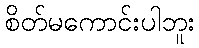
စိတ်မကောင်းပါဘူး